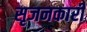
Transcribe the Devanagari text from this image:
सृजनकारी